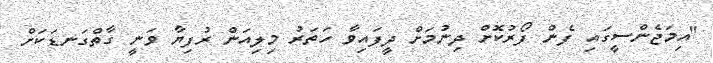
"އިމަޖެންސީގައި ފެން ފޯރުކޮށް ދިނުމަށް ދީފައިވާ ހަތަރު މިލިއަން ރުފިޔާ ވަނީ ގާތްގަނޑަކަށް